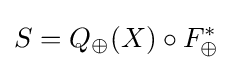
S=Q_{\oplus }(X)\circ F_{\oplus }^{*}